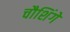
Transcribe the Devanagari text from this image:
चौशिंगे